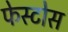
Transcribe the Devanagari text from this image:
फेस्टोस